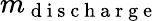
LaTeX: m_{\mathrm{~d~i~s~c~h~a~r~g~e~}}